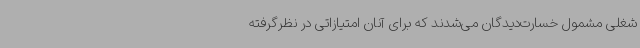
شغلی مشمول خسارت‌دیدگان می‌شدند که برای آنان امتیازاتی در نظرگرفته